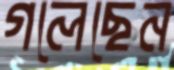
গলেছেন